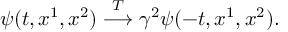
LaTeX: \psi ( t , x ^ { 1 } , x ^ { 2 } ) \stackrel { { \cal T } } { \longrightarrow } \gamma ^ { 2 } \psi ( - t , x ^ { 1 } , x ^ { 2 } ) .